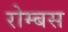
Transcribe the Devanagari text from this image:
रोम्बस